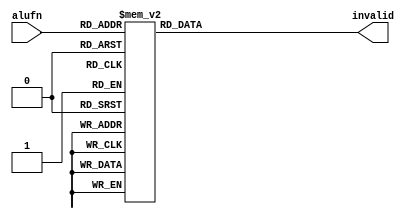
/*
   This file was generated automatically by Alchitry Labs version 1.2.1.
   Do not edit this file directly. Instead edit the original Lucid source.
   This is a temporary file and any changes made to it will be destroyed.
*/

module alufn_checker_6 (
    input [5:0] alufn,
    output reg invalid
  );
  
  
  
  always @* begin
    
    case (alufn)
      6'h00: begin
        invalid = 1'h0;
      end
      6'h01: begin
        invalid = 1'h0;
      end
      6'h18: begin
        invalid = 1'h0;
      end
      6'h1e: begin
        invalid = 1'h0;
      end
      6'h16: begin
        invalid = 1'h0;
      end
      6'h1a: begin
        invalid = 1'h0;
      end
      6'h20: begin
        invalid = 1'h0;
      end
      6'h21: begin
        invalid = 1'h0;
      end
      6'h23: begin
        invalid = 1'h0;
      end
      6'h33: begin
        invalid = 1'h0;
      end
      6'h35: begin
        invalid = 1'h0;
      end
      6'h37: begin
        invalid = 1'h0;
      end
      6'h02: begin
        invalid = 1'h0;
      end
      default: begin
        invalid = 1'h1;
      end
    endcase
  end
endmodule